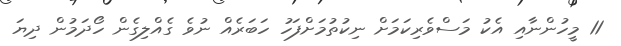
11 މީހުންނާއި އެކު މަސްވެރިކަމަށް ނިކުތުމަށްފަހު ހަބަރެއް ނުވެ ގެއްލިގެން ހޯދަމުން ދިޔަ